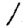
Digit: 1